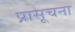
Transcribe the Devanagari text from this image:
प्रासूचना